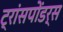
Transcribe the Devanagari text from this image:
ट्रांसपोंडर्स